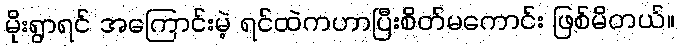
မိုးရွာရင် အကြောင်းမဲ့ ရင်ထဲကဟာပြီးစိတ်မကောင်း ဖြစ်မိတယ်။